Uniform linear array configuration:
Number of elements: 8
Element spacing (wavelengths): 0.75
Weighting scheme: cosine
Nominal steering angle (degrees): -60
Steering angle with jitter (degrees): -58.219
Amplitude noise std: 0.05
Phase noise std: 0.05

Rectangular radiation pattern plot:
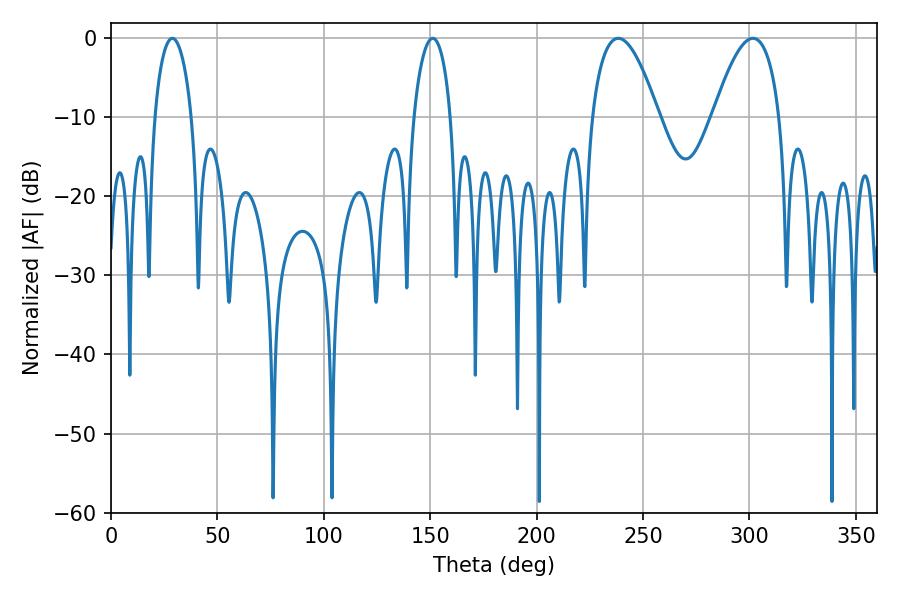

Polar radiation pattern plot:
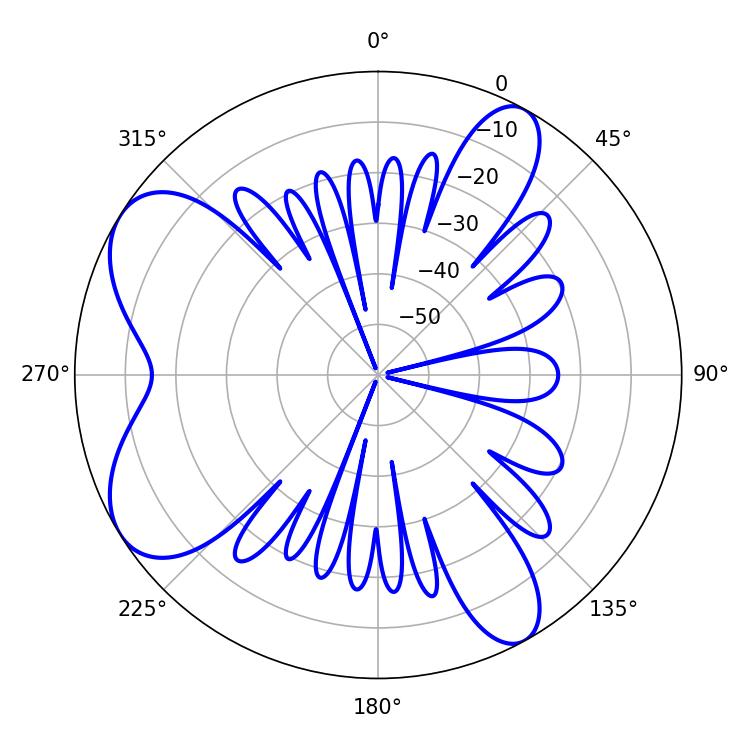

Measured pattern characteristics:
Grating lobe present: TRUE
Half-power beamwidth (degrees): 17.28
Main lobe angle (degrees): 301.68